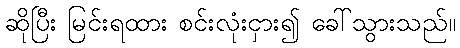
ဆိုပြီး မြင်းရထား စင်းလုံးငှား၍ ခေါ်သွားသည်။